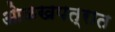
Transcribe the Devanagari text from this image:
ओळखपत्रात